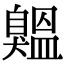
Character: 𦤨